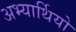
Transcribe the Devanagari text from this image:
अभ्यार्थियो